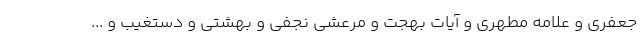
جعفری و علامه مطهری و آیات بهجت و مرعشی نجفی و بهشتی و دستغیب و ...